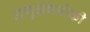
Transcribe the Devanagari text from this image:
अणुअवलोकी